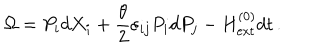
\Omega = P _ { i } d X _ { i } + \frac { \theta } { 2 } \varepsilon _ { i j } P _ { i } d P _ { j } - H _ { \mathrm { e x t } } ^ { ( 0 ) } d t \, .